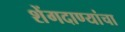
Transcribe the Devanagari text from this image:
शेंगदाण्यांचा